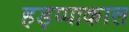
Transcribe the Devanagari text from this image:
हड़प्पाकाल